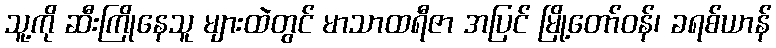
သူ့ကို ဆီးကြိုနေသူ များထဲတွင် မာသာထရီဇာ အပြင် မြို့တော်ဝန်၊ ခရစ်ယာန်